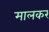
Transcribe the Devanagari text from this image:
मालकर